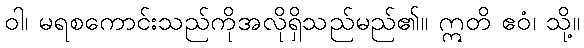
ဝါ၊ မရစကောင်းသည်ကိုအလိုရှိသည်မည်၏။ ဣတိ ဧဝံ၊ သို့။